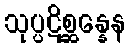
သုပ္ပဋိစ္ဆန္နေန